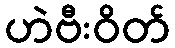
ဟဲဗီးဝိတ်